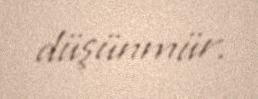
düşünmür.